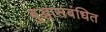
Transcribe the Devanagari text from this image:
बुद्धासंबंधित